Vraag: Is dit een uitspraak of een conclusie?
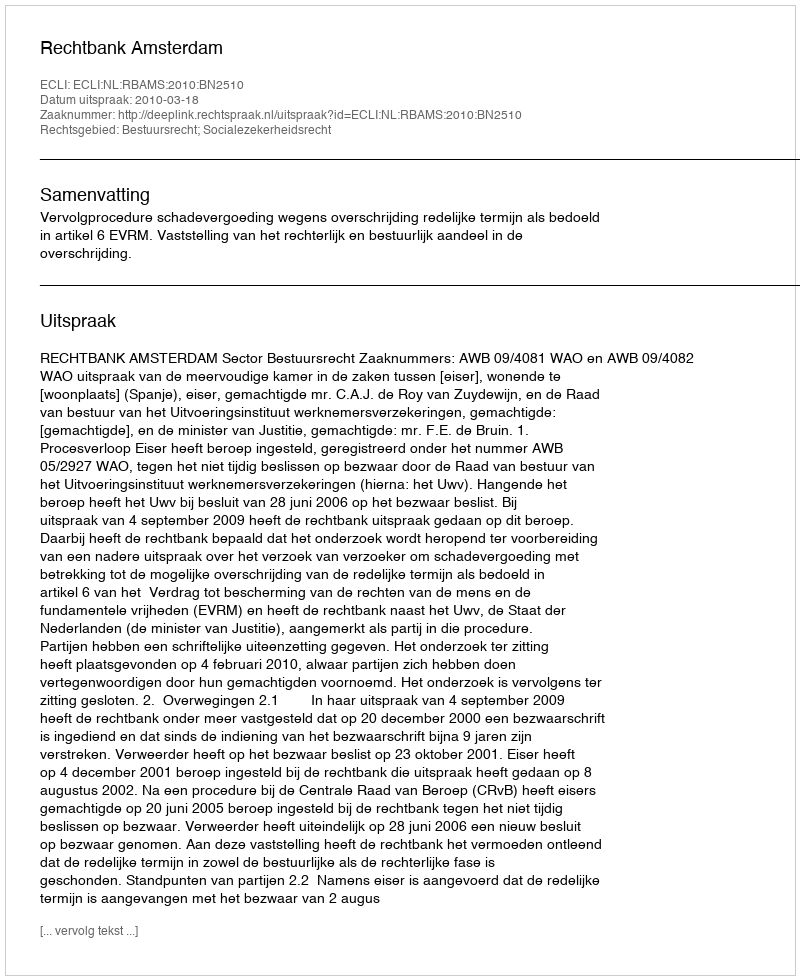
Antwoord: Uitspraak